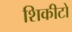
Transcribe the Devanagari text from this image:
शिकीटो